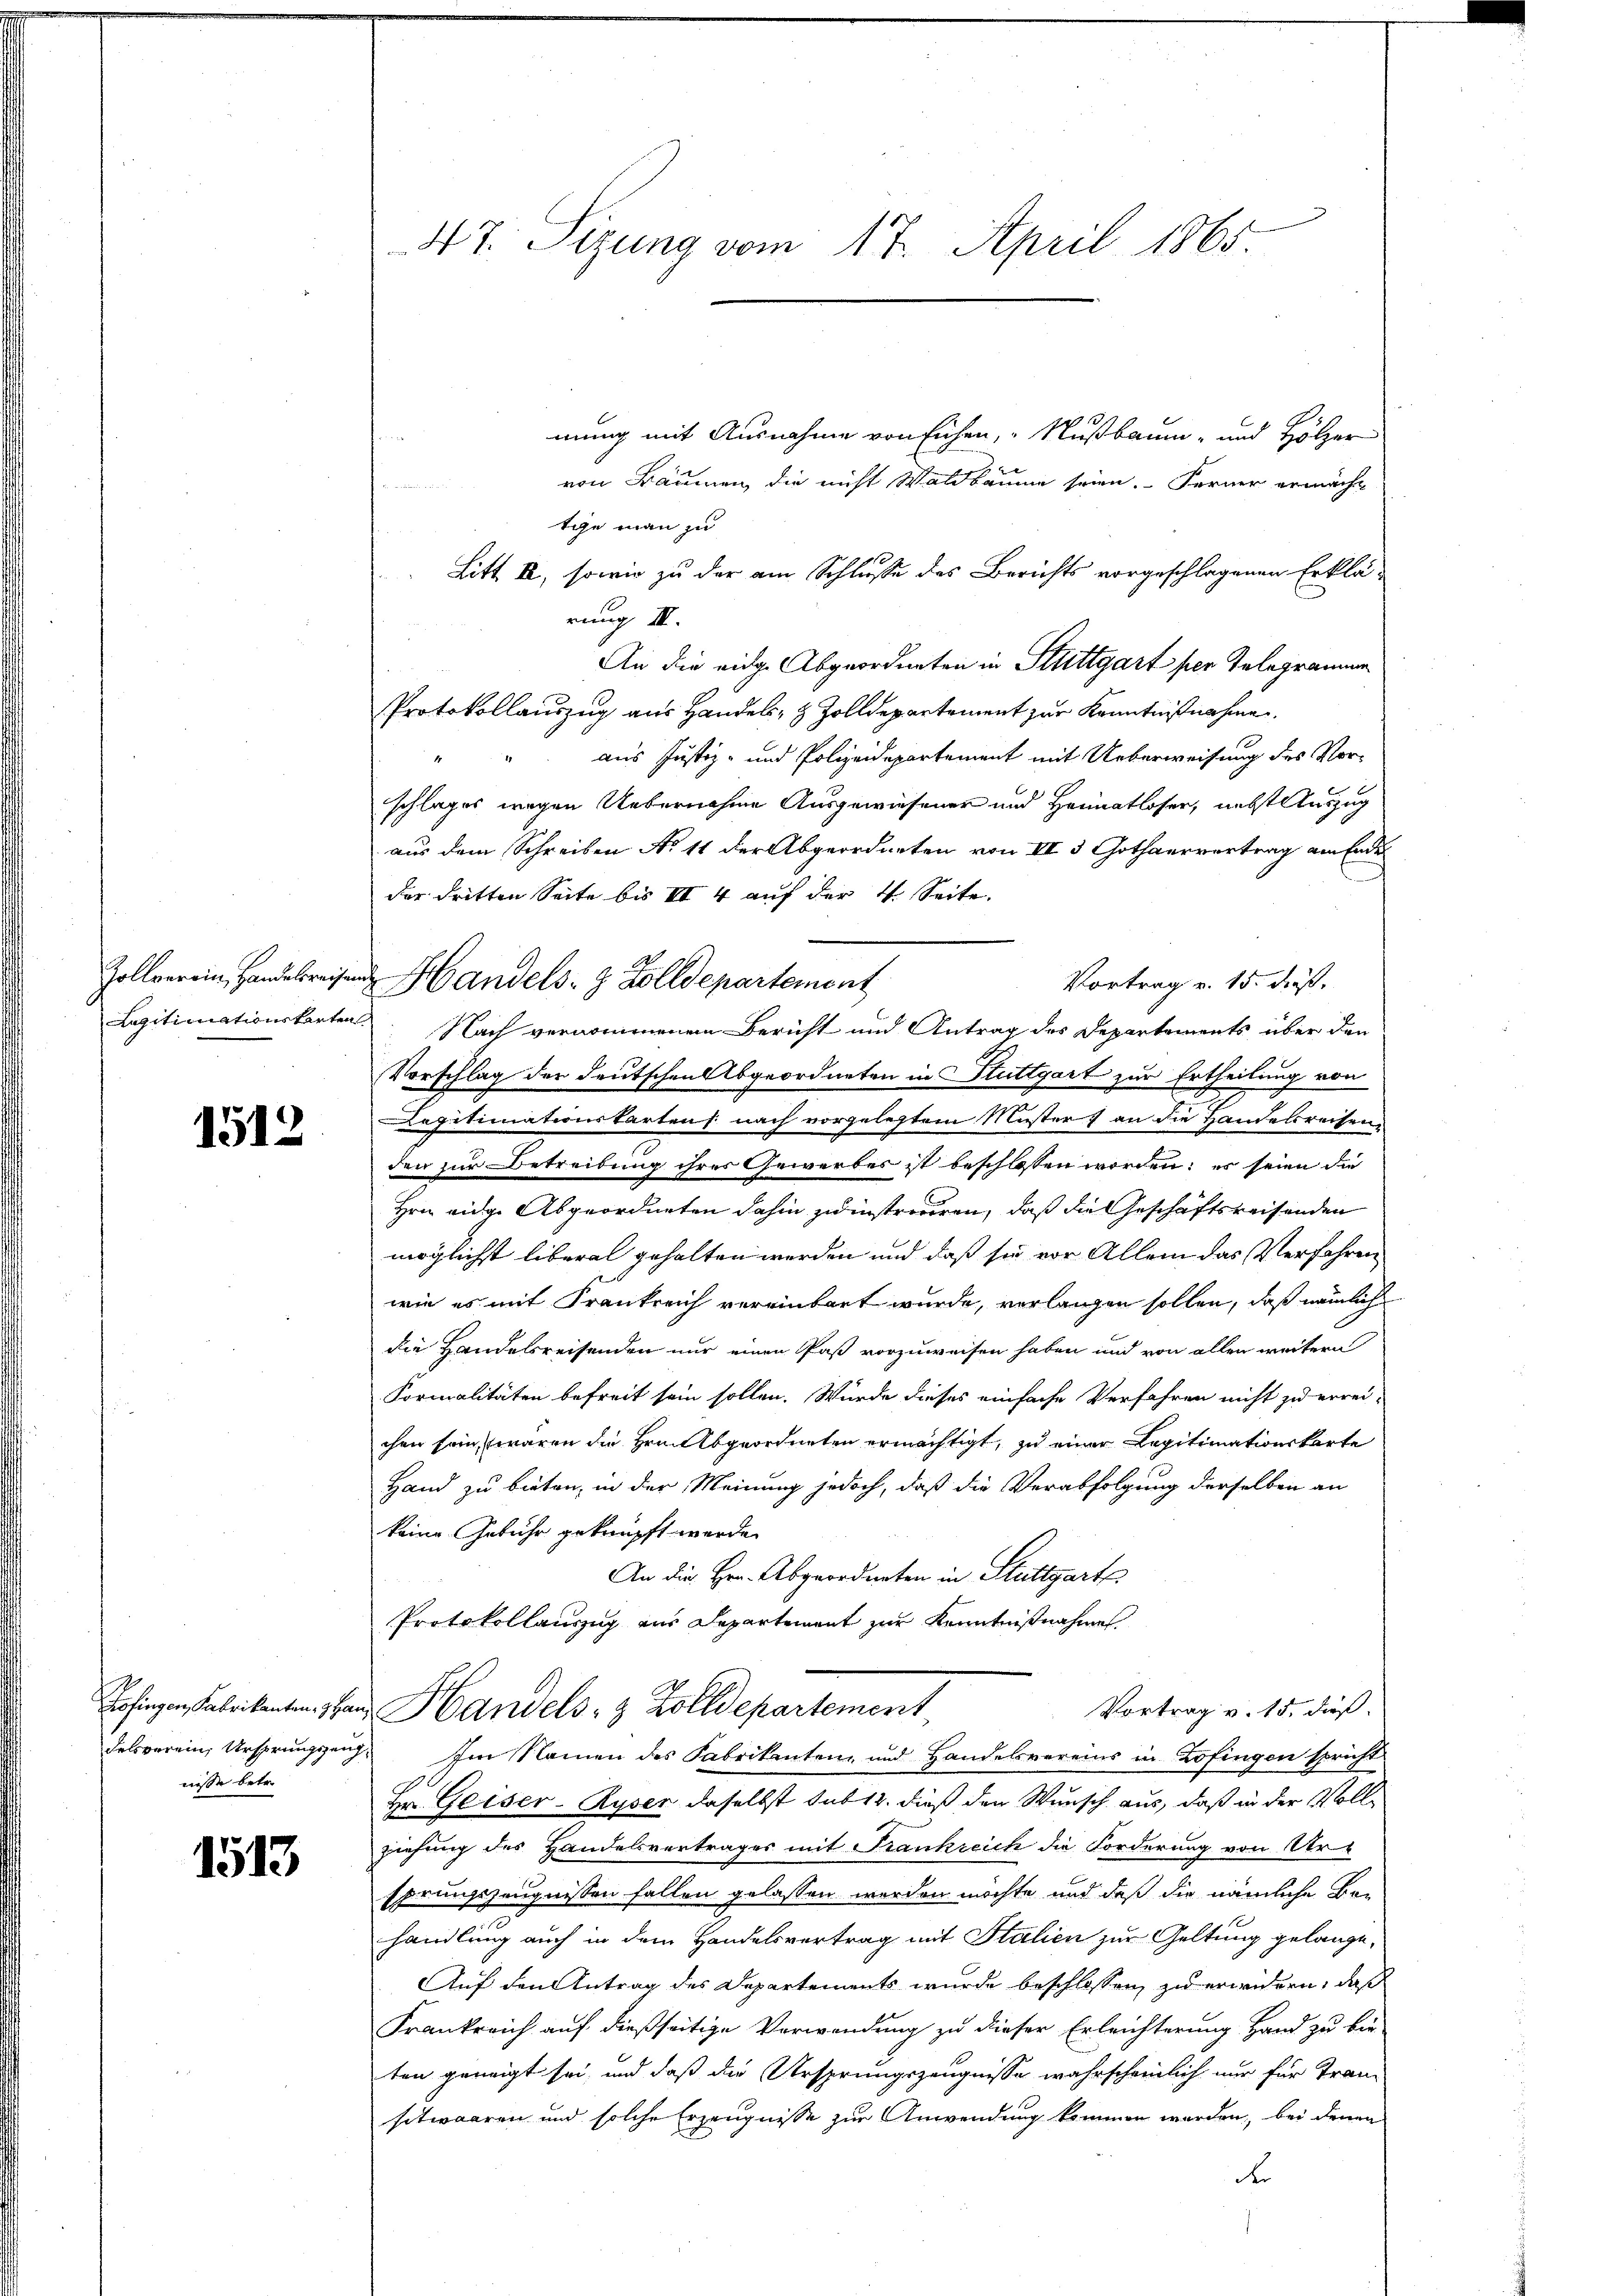
Zollverein, Handelsreisen
Legitimationskarten

1512

Zofingen, Fabrikanton, 3 Han
delsverein, Ursprungszeug
nisse betr.

1513

47. Sizung vom 17. April 1865

mung mit Ausnahme von sichen, Nußbaum- und Hölzer
von Bäumen, die nicht Waldbäume seien. Ferner ermächt
tge man zu
Litt II, sowie zu der am Schlusse des Berichts vorgeschlagenen Erklä-
rung III.
An die eidge Abgeordneten in Stuttgart per Telegrammen
Protokollauszug aus Handels- & Zolldepartement zur Kenntnißnahme.
aus Justiz- und Polizeidepartement mit Ueberweisung des Vorschlages wegen Uebernahme Ausgewiesener und Heimatloser, nebst Auszug
aus dem Schreiben No 11 der Abgeordneten von II 5 Gothaervertrag am Ende
der dritten Seite bis II 4 auf der 4. Seite.
Handels- & Zolldepartement
Vortrag v. 15. dieß.
 Nach vernommenen Bericht und Antrag des Departements über den
Vorschlag der Deutschen Abgeordneten in Stuttgart zur Ertheilung von
Legitimationskarten: nach vorgelegtem Muster) an die Handelsreisens
den zur Betreibung ihres Gewerbes ist beschlossen worden: es seien die
Hrn eidge Abgeordneten dahin zu instreueren, daß die Geschäftsreisenden
möglichst liberal gehalten werden und daß sie vor Allem das Verfahren
wie es mit Frankreich vereinbart wurde, verlangen sollen, daß nämlich
die Handelsreisenden nur einen Paß vorzuweisen haben und von allen weitern
Formalitäten befreit sein sollen. Würde dieses einfache Verfahren nicht zu errei-
chen sein, waren die Hrn. Abgeordneten ermächtigt, zu einer Legitimationskarte
Hand zu bieten, in der Meinung jedoch, daß die Verabfolgung derselben an
keine Gebühr geknüpft werde.
An die Hrn. Abgeordneten in Stuttgarte
Protokollauszug aus Departement zur Kenntnißnahme
Vortrag v. 15. daß
Handels- & Zolldepartement
Im Namen des Fabrikantenz und Handelsvereins in Zofingen spricht
Hr. Geiser-Ryser daselbst sub 12. dieß den Wunsch aus, daß in der Vollziehung des Handelsvertrages mit Frankreich die Forderung von Ur-
sprungszeugnissen fallen gelassen werden möchte und daß die nämliche Be-
hhandlung auch in dem Handelsvertrag mit Stalien zur Geltung gelange¬
Auf den Antrag des Departements wurde beschlossen, zu erwidern, daß
Frankreich auf dießseitige Verwendung zu dieser Erleichterung Hand zu bis
ten geneigt sei, und daß die Ursprungszeugnisse wahrscheinlich nur für Tran
sitwaaren und solche Erzeugnisse zur Anwendung kommen worden, bei denen
F